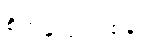
စိတ်နှလုံးတစ်ခု